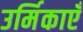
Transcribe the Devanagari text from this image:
उर्मिकाएँ